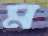
ম